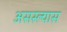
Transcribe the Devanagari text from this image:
असस्ल्यास